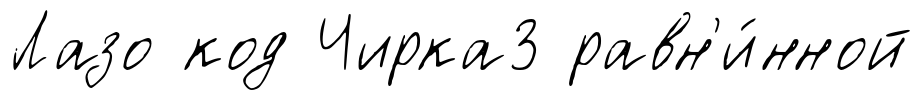
Лазо код Чирка3 равн'и́нной